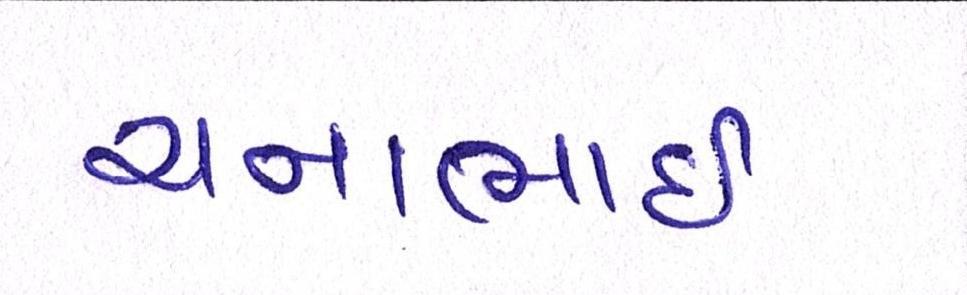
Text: ચનાભાઇ